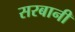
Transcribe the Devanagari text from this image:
सरबानी